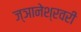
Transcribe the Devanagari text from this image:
ज्ञानेश्रवरी